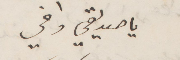
يا صديقي واخي